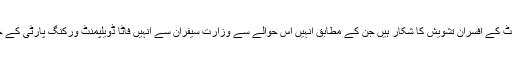
ذرائع کے مطابق موجودہ صورتحال پر فاٹا سیکرٹریٹ کے افسران تشویش کا شکار ہیں جن کے مطابق انہیں اس حوالے سے وزارت سیفران سے انہیں فاٹا ڈویلپمنٹ ورکنگ پارٹی کے خاتمے کے حوالے سے تحریری احکامات نہیں ملے۔